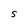
Character: S